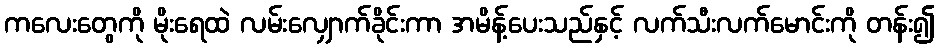
ကလေးတွေကို မိုးရေထဲ လမ်းလျှောက်ခိုင်းကာ အမိန့်ပေးသည်နှင့် လက်သီးလက်မောင်းကို တန်း၍